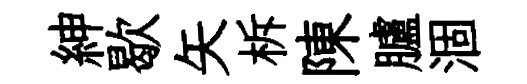
紳歇矢柝陳臚涸